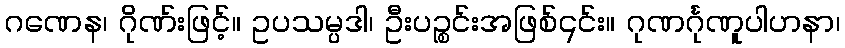
ဂဏေန၊ ဂိုဏ်းဖြင့်။ ဥပသမ္ပဒါ၊ ဦးပဉ္စင်းအဖြစ်၎င်း။ ဂုဏင်္ဂုဏူပါဟနာ၊